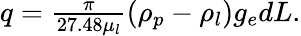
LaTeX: \begin{array}{r}{q=\frac{\pi}{27.48\mu_{l}}(\rho_{p}-\rho_{l})g_{e}dL.}\end{array}